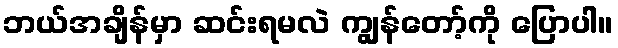
ဘယ်အချိန်မှာ ဆင်းရမလဲ ကျွန်တော့်ကို ပြောပါ။